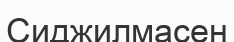
Сиджилмасен